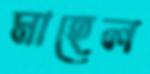
মাহেল